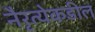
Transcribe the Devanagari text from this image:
नैरृत्येकडील